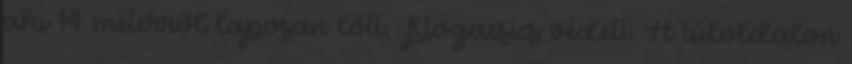
aki 14 méterről laposan lőtt, Pogacsics védett. A túloldalon